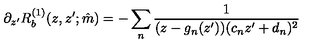
\partial _ { z ^ { \prime } } R _ { b } ^ { ( 1 ) } ( z , z ^ { \prime } ; \hat { m } ) = - \sum _ { n } \frac { 1 } { ( z - g _ { n } ( z ^ { \prime } ) ) ( c _ { n } z ^ { \prime } + d _ { n } ) ^ { 2 } }